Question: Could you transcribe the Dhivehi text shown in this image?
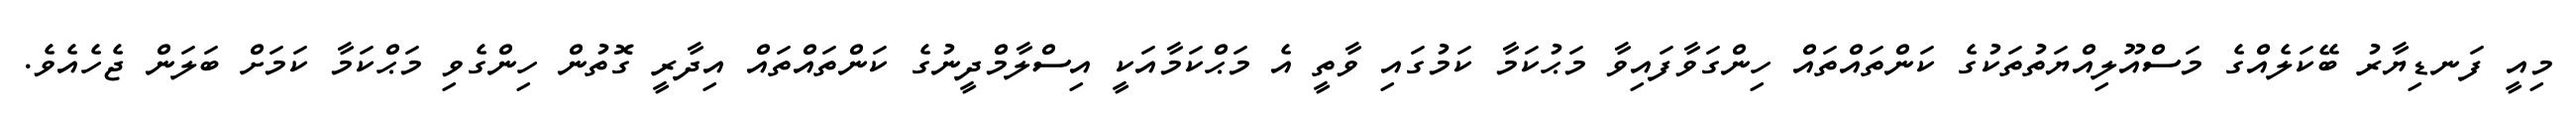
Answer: މިއީ ފަނޑިޔާރު ބޭކަލެއްގެ މަސްއޫލިއްޔަތުތަކުގެ ކަންތައްތައް ހިންގަވާފައިވާ މަޙުކަމާ ކަމުގައި ވާތީ އެ މަޙްކަމާއަކީ އިސްލާމްދީނުގެ ކަންތައްތައް އިދާރީ ގޮތުން ހިންގެވި މަޙްކަމާ ކަމަށް ބަލަން ޖެހެއެވެ.